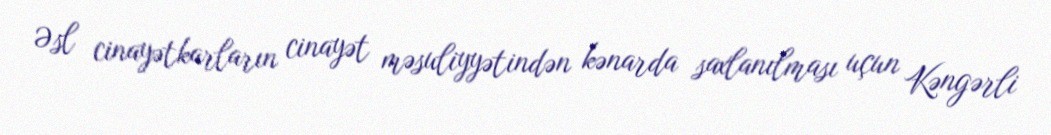
Əsl cinayətkarların cinayət məsuliyyətindən kənarda saxlanılması uçun Kəngərli